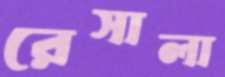
রেসালা